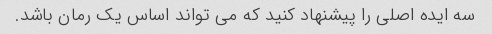
سه ایده اصلی را پیشنهاد کنید که می تواند اساس یک رمان باشد.